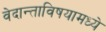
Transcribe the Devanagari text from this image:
वेदान्ताविषयामध्ये